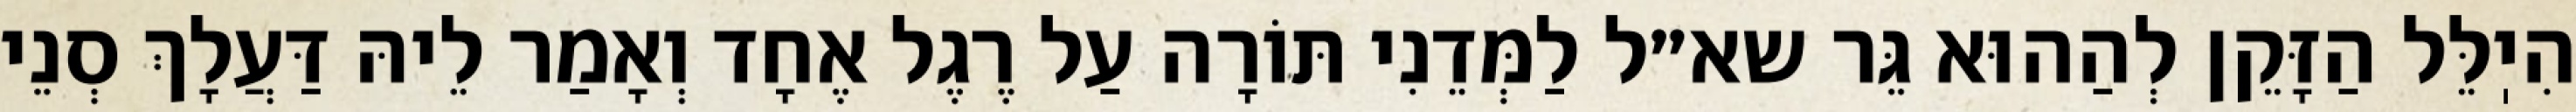
הִיֽלֵּל הַזָּקֵן לְהַהוּא גֵּר שא״ל לַמְּדֵנִי תּוֹרָה עַל רֶגֶל אֶחָד וְאָמַר לֵיהּ דַּעֲלָךְ סְנֵי